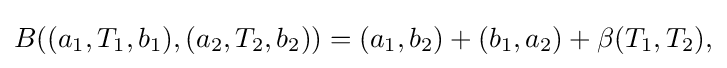
\displaystyle {B((a_{1},T_{1},b_{1}),(a_{2},T_{2},b_{2}))=(a_{1},b_{2})+(b_{1},a_{2})+\beta (T_{1},T_{2}),}